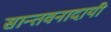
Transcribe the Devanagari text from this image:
सान्तवनादायी